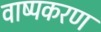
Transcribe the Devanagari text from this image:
वाष्पकरण